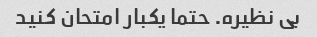
بی نظیره. حتما یکبار امتحان کنید